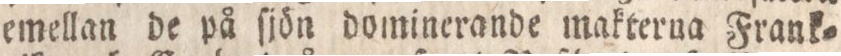
emellan de på ſjön dominerande makterna Frank=